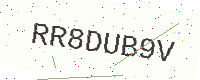
Text: RR8DUB9V